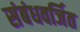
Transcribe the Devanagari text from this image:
संबंधवर्जित